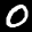
Label: 0